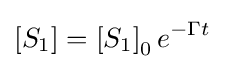
\left[S_{1}\right]=\left[S_{1}\right]_{0}e^{-\Gamma t}